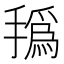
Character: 𰔐